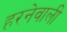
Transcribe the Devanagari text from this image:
हरनेवाली